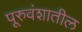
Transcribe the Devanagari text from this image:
पूरुवंशातील